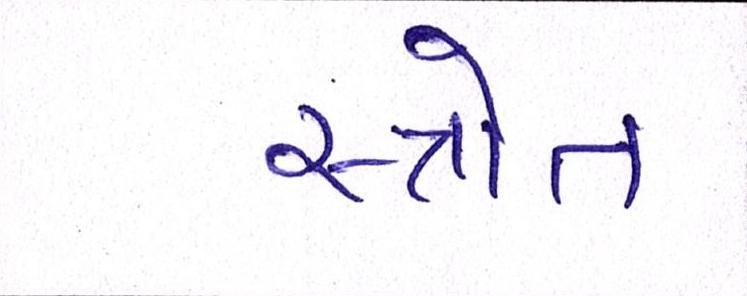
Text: સ્ત્રોત